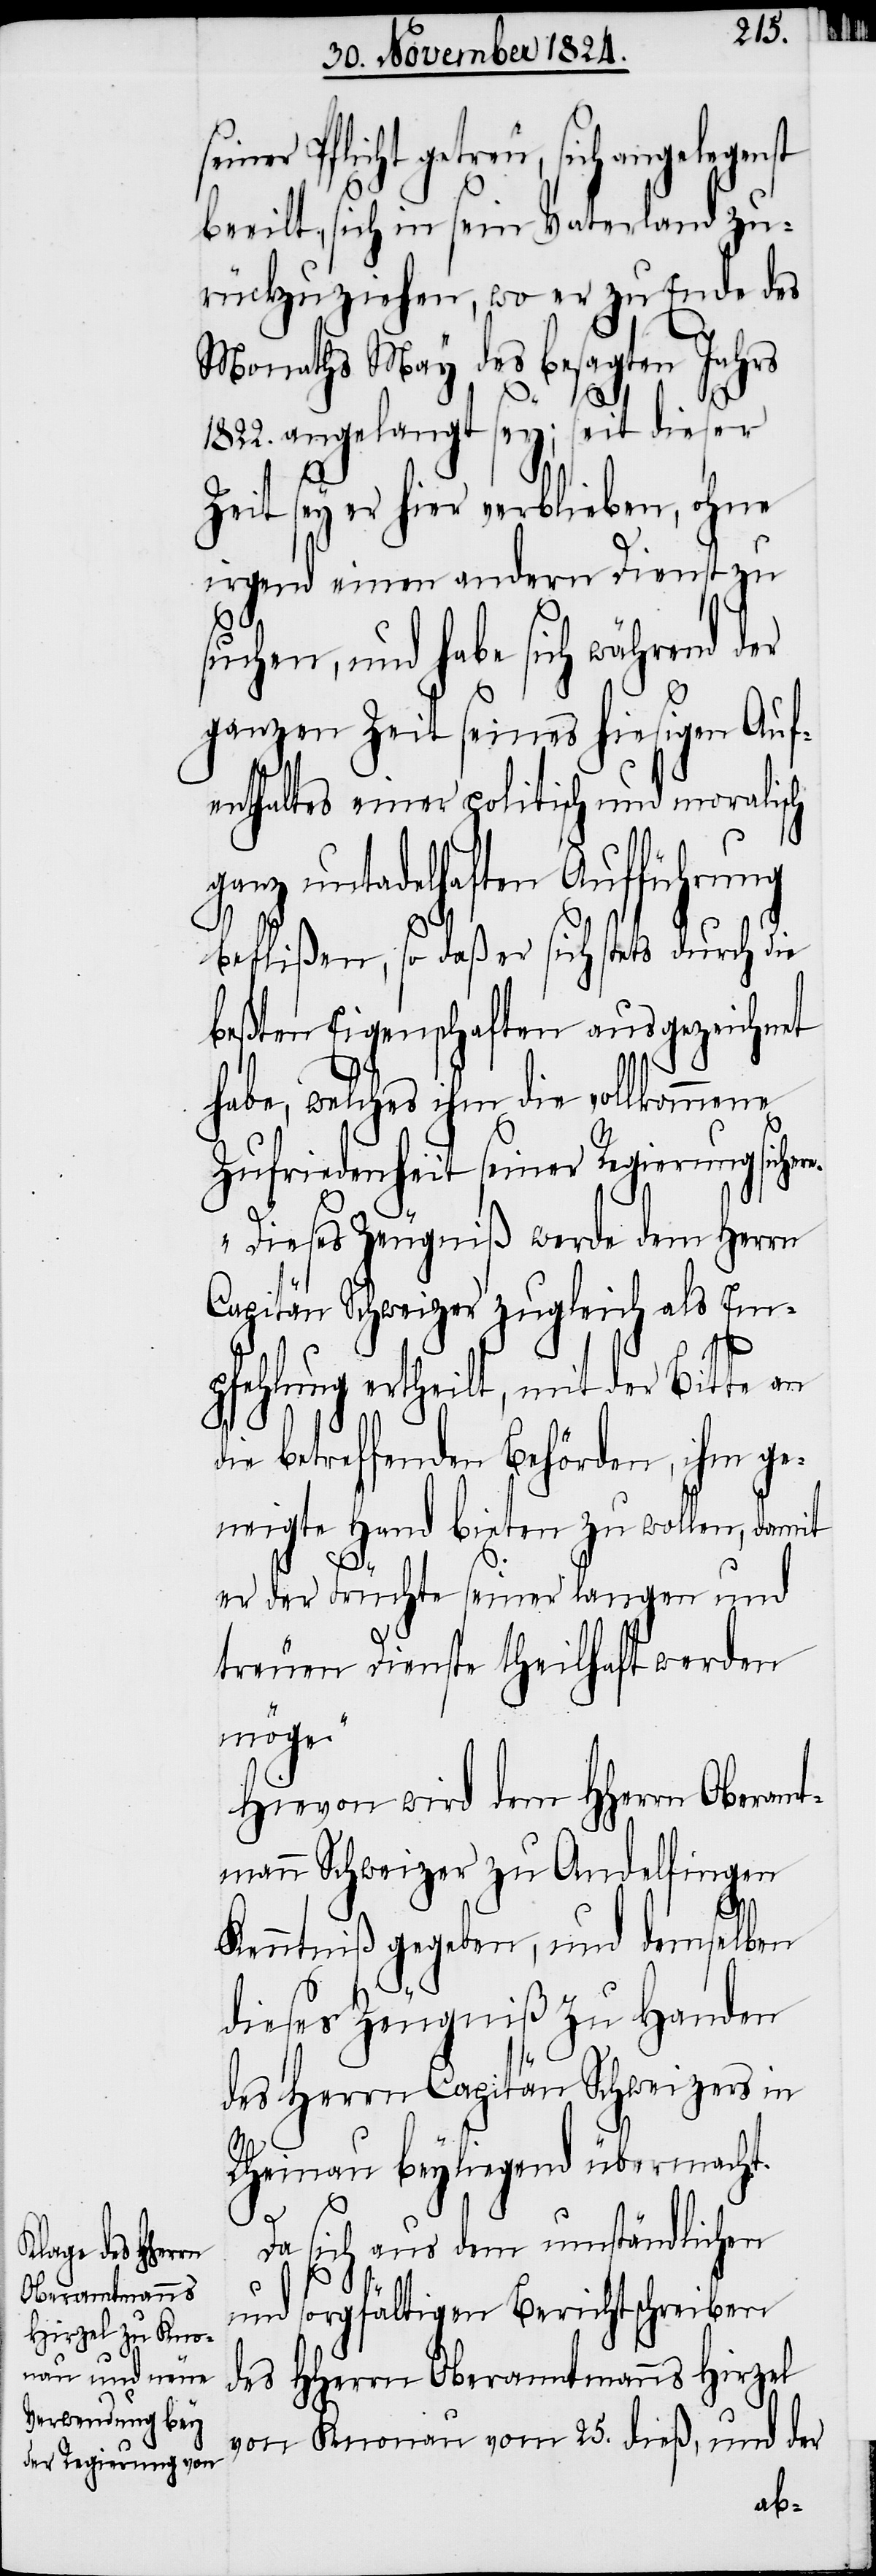
seiner Pflicht getreu, sich angelegenst
beeilt, sich in sein Vaterland zu¬
rückzuziehen, wo er zu Ende des
Monaths May des besagten Jahrs
1822. angelangt sey; seit dieser
Zeit sey er hier verblieben, ohne
irgend einen andern Dienst zu
suchen, und habe sich während der
ganzen Zeit seines hiesigen Auf¬
enthaltes einer politisch und moralisch
untadelhaften Aufführung
beflißen, so daß er sich stets durch die
beßten Eigenschaften ausgezeichnet
habe, welches ihm die vollkommene
Zufriedenheit seiner Regierung siche¬
„Dieses Zeugniß werde dem Herrn
Capitän Schweizer zugleich als Em¬
pfehlung ertheilt, mit der Bitte an
die betreffenden Behörden, ihm ge¬
neigte Hand bieten zu wollen, damit
er der Früchte seiner langen und
treuen Dienste theilhaft werden
möge.“
Hievon wird dem HHerrn Oberamt¬
mann Schweizer zu Andelfingen
re.
Kenntniß gegeben, und demselben
dieses Zeugniß zu Handen
des Herrn Capitän Schweizer in
Rheinau beyliegend übermacht.
Da sich aus dem umständlichen
und sorgfältigen Berichtschreiben
des HHerrn Oberamtmanns Hirzel
von Knonau vom 25. dieß, und der

ganz